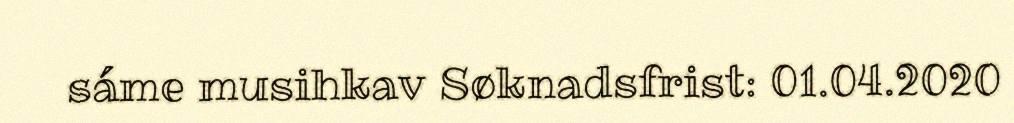
sáme musihkav Søknadsfrist: 01.04.2020